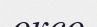
оксо